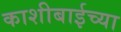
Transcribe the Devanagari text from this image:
काशीबाईच्या